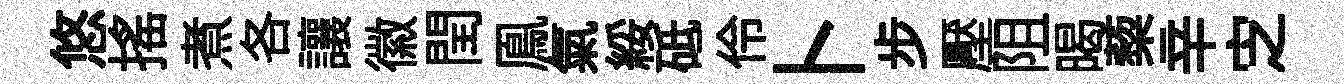
悠摇煮各讓徽閏鳯氣綏砥伶卜步壓阻暍蔾辛㝎